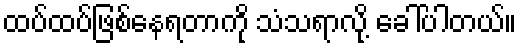
ထပ်ထပ်ဖြစ်နေရတာကို သံသရာလို့ ခေါ်ပါတယ်။